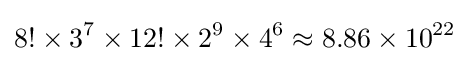
{8!\times 3^{7}\times 12!\times 2^{9}\times 4^{6}}\approx 8.86\times 10^{22}